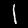
Label: 1